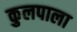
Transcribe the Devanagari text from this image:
कुलपाला